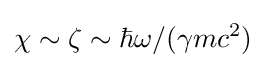
\chi \sim \zeta \sim \hbar \omega /(\gamma mc^{2})